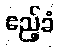
ဧည့်ခံ